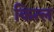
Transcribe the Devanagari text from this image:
कित्ल